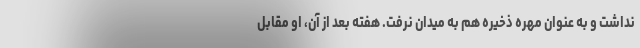
نداشت و به عنوان مهره ذخیره هم به میدان نرفت. هفته بعد از آن، او مقابل